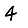
Digit: 4